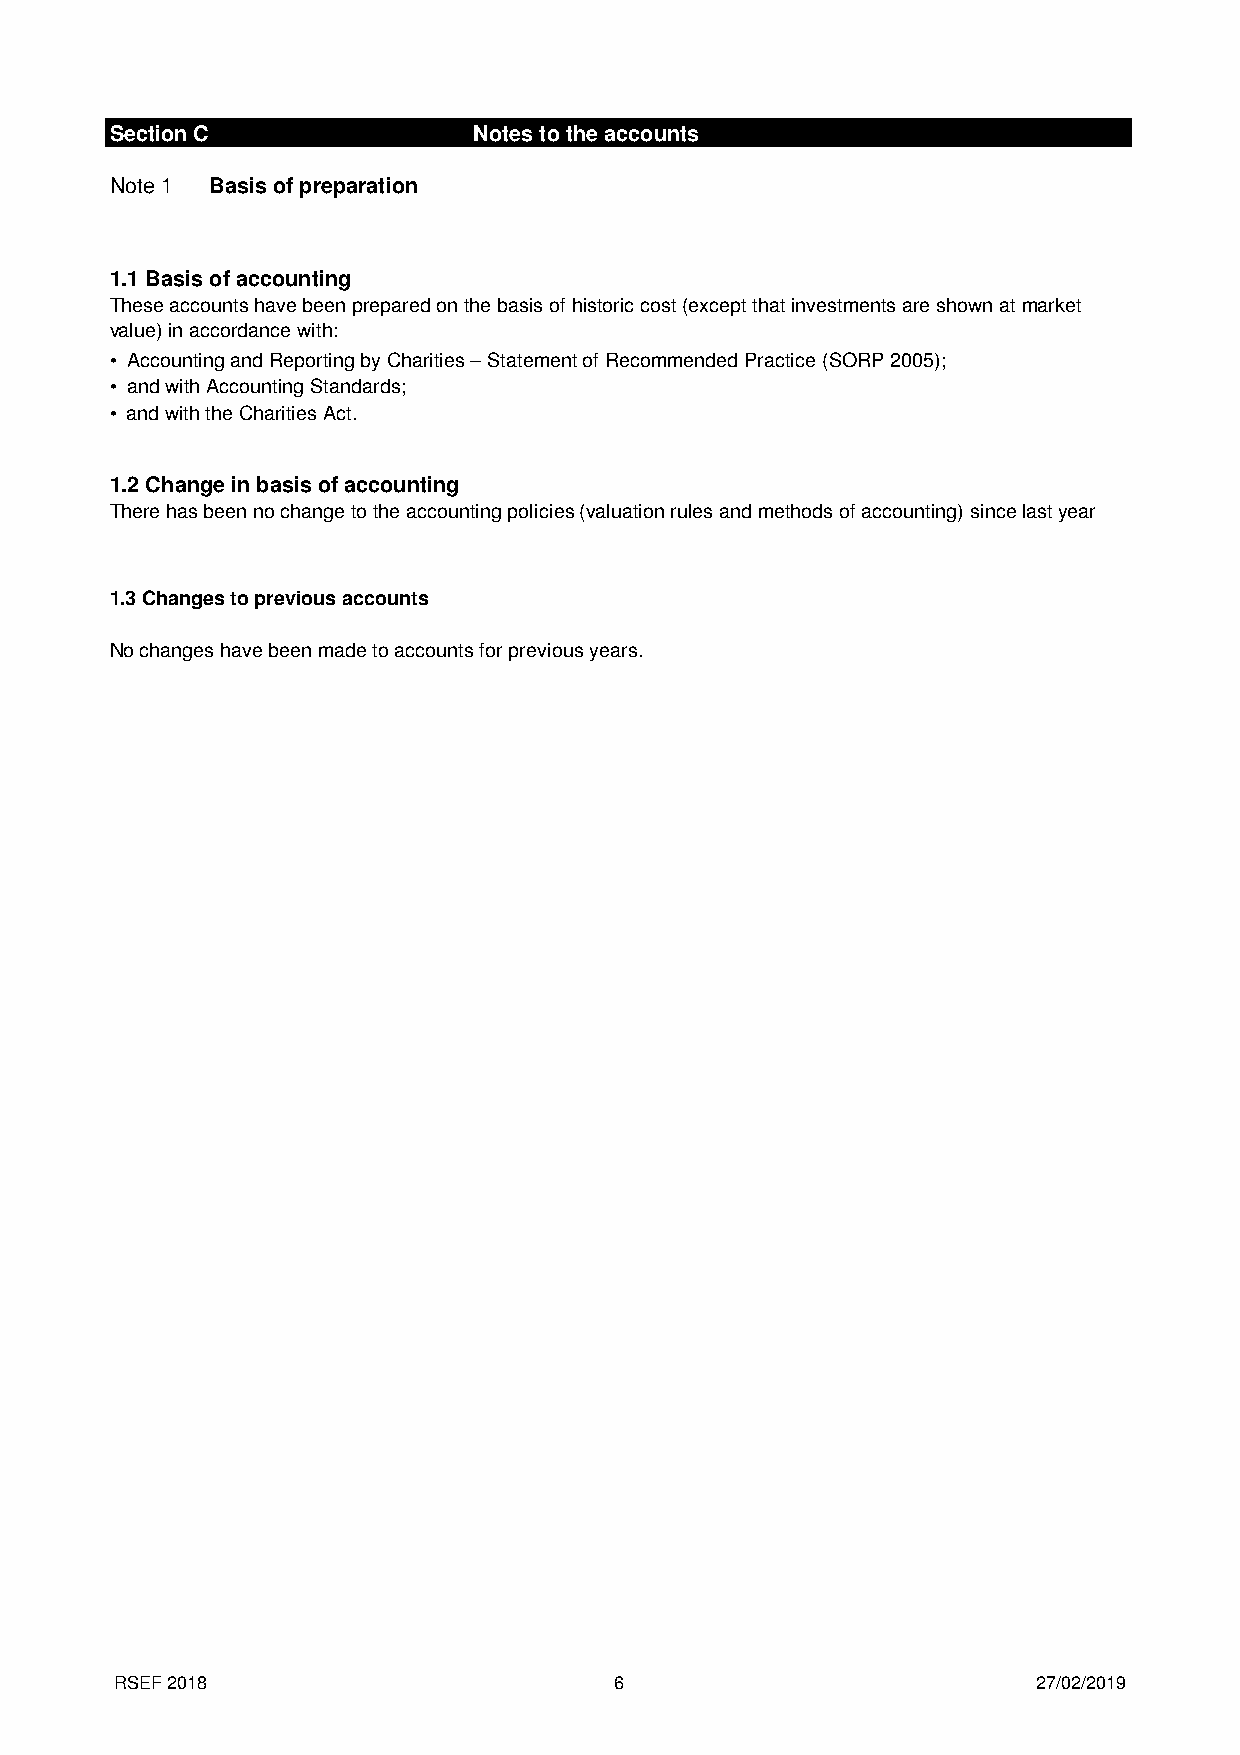
Section C               Notes to the accounts
 Note 1 Basis of preparation
 1.1 Basis of accounting
 These accounts have been prepared on the basis of historic cost (except that investments are shown at market
 value) in accordance with:
 • Accounting and Reporting by Charities – Statement of Recommended Practice (SORP 2005);
 • and with Accounting Standards;
 • and with the Charities Act.
 1.2 Change in basis of accounting
 There has been no change to the accounting policies (valuation rules and methods of accounting) since last year
 1.3 Changes to previous accounts
 No changes have been made to accounts for previous years.
 RSEF 2018                        6                           27/02/2019